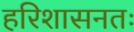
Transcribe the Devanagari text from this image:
हरिशासनतः